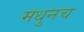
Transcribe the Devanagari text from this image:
मधुनच